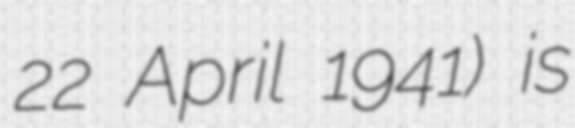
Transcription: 22 April 1941) is